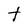
Character: t